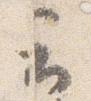
云